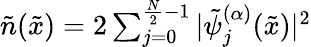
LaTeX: \begin{array}{r}{\tilde{n}(\tilde{x})=2\sum_{j=0}^{\frac{N}{2}-1}|\tilde{\psi}_{j}^{(\alpha)}(\tilde{x})|^{2}}\end{array}